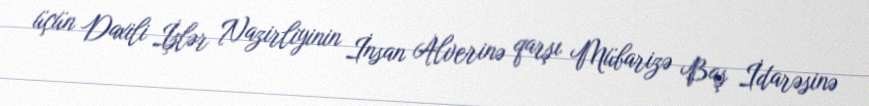
üçün Daxili İşlər Nazirliyinin İnsan Alverinə qarşı Mübarizə Baş İdarəsinə